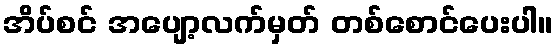
အိပ်စင် အပျော့လက်မှတ် တစ်စောင်ပေးပါ။